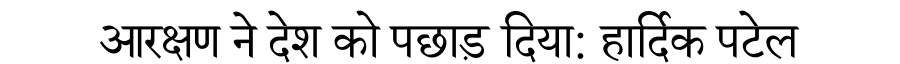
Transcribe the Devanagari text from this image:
आरक्षण ने देश को पछाड़ दिया: हार्दिक पटेल